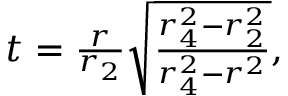
\begin{array} { r } { t = \frac { r } { r _ { 2 } } \sqrt { \frac { r _ { 4 } ^ { 2 } - r _ { 2 } ^ { 2 } } { r _ { 4 } ^ { 2 } - r ^ { 2 } } } , } \end{array}